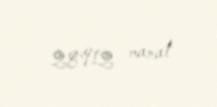
28912 manat